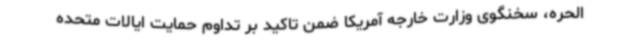
الحره، سخنگوی وزارت خارجه آمریکا ضمن تاکید بر تداوم حمایت ایالات متحده